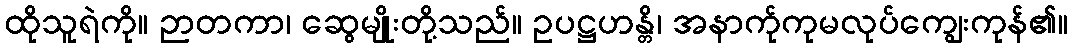
ထိုသူရဲကို။ ဉာတကာ၊ ဆွေမျိုးတို့သည်။ ဥပဋ္ဌဟန္တိ၊ အနာက်ုကုမလုပ်ကျွေးကုန်၏။